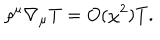
\rho ^ { \mu } \nabla _ { \mu } T = O ( \chi ^ { 2 } ) T .